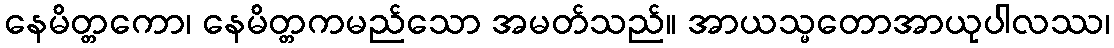
နေမိတ္တကော၊ နေမိတ္တကမည်သော အမတ်သည်။ အာယသ္မတောအာယုပါလဿ၊